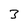
Character: 3